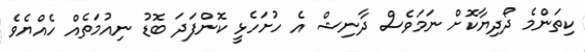
ކިތަންމެ ދޯދިޔާކޮށް ނަމަވެސް ދާނިޝް އެ ހުށަހެޅީ ކޮންފަދަ ބޮޑު ނިއުމަތެއް ހެއްޔެވެ